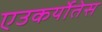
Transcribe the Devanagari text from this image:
एउकर्योतेस